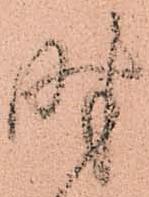
時